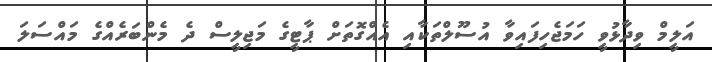
އަލީމް ވިދާޅުވީ ހަމަޖެހިފައިވާ އުސޫލްތަކާއި އެއްގޮތަށް ޕާޓީގެ މަޖިލީސް ދެ މެންބަރެއްގެ މައްސަލަ